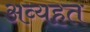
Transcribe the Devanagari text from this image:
अव्यहत